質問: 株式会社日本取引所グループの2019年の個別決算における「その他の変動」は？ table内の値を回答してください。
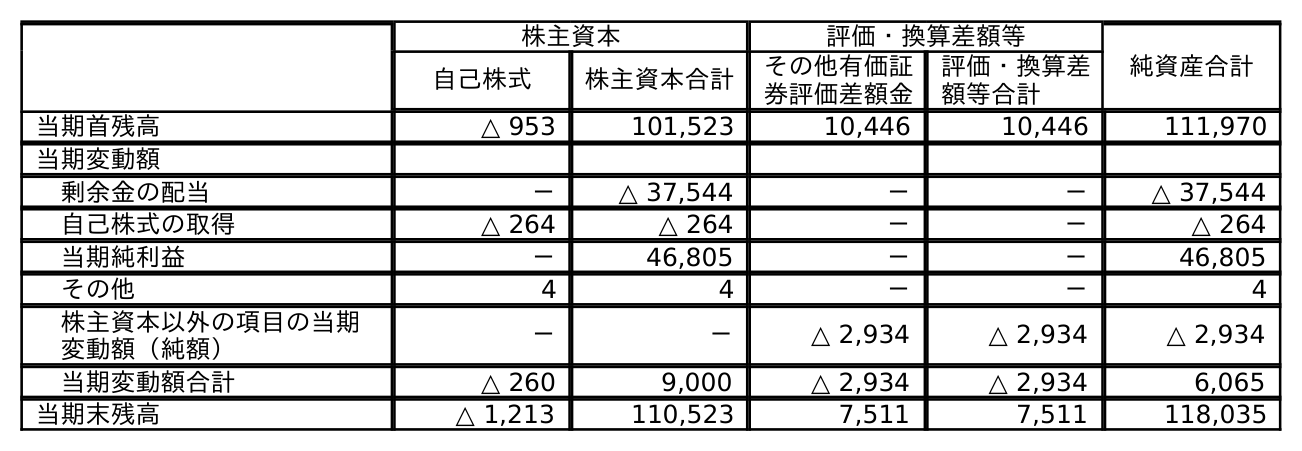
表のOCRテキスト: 株主資本 評価・換算差額等 純資産合計 自己株式 株主資本合計 その他有価証 券評価差額金 評価・換算差 額等合計 当期首残高 △ 953 101,523 10,446 10,446 111,970 当期変動額 剰余金の配当 － △ 37,544 － － △ 37,544 自己株式の取得 △ 264 △ 264 － － △ 264 当期純利益 － 46,805 － － 46,805 その他 4 4 － － 4 株主資本以外の項目の当期 変動額（純額） － － △ 2,934 △ 2,934 △ 2,934 当期変動額合計 △ 260 9,000 △ 2,934 △ 2,934 6,065 当期末残高 △ 1,213 110,523 7,511 7,511 118,035
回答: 4